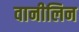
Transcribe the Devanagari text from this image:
वानीलिन